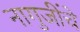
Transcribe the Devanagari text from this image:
नागुजींचे